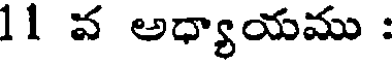
11 వ అధ్యాయము :